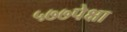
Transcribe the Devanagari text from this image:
५७७पेक्षा